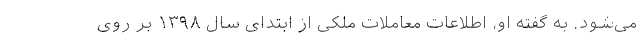
می‌شود. به گفته او، اطلاعات معاملات ملکی از ابتدای سال ۱۳۹۸ بر روی